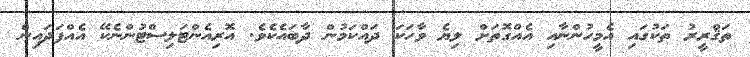
ތަޤްރީރު ތަކުގައި އެމީހުންނާއި އެއްގޮތަށް ލިޔެ ވާހަކަ ދައްކަމުން ދާބައެކެވެ. އޮރިއެންޓަލިސްޓުންނެކޭ އެއްފަދައިން